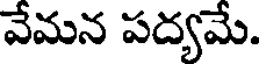
వేమన పద్యమే.